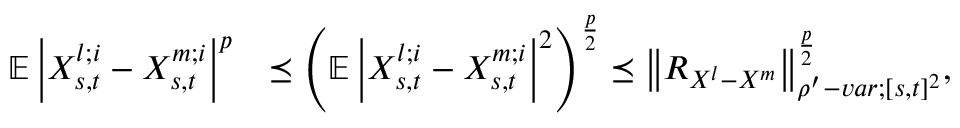
\begin{array} { r l } { \mathbb { E } \left| X _ { s , t } ^ { l ; i } - X _ { s , t } ^ { m ; i } \right| ^ { p } } & { \preceq \left( \mathbb { E } \left| X _ { s , t } ^ { l ; i } - X _ { s , t } ^ { m ; i } \right| ^ { 2 } \right) ^ { \frac { p } { 2 } } \preceq { \left\lVert { R _ { X ^ { l } - X ^ { m } } } \right\rVert } _ { \rho ^ { \prime } - v a r ; [ s , t ] ^ { 2 } } ^ { \frac { p } { 2 } } , } \end{array}